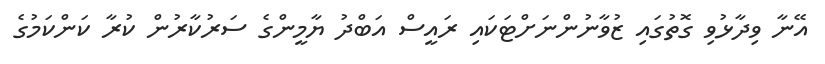
އޭނާ ވިދާޅުވި ގޮތުގައި ޒުވާނުންނަށްޓަކައި ރައީސް އަބްދު ޔާމީންގެ ސަރުކާރުން ކުރާ ކަންކަމުގެ